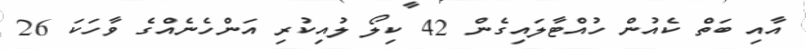
އާއި ބަތް ކެއުން ހުއްޓާލައިގެން 42 ކިލޯ ލުއިކުރި އަންހެނެއްގެ ވާހަކަ 26